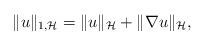
LaTeX: \begin{align*}\|u\|_{1,\mathcal{H}} = \|u\|_{\mathcal{H}}+\|\nabla u\|_{\mathcal{H}},\end{align*}